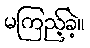
မကြည့်ခဲ့။